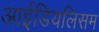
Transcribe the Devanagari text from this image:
आईडियलिसम